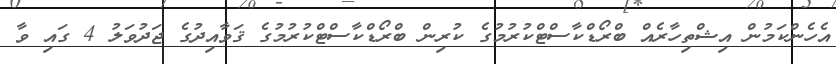
އެހެންކަމުން އިޝްތިހާރެއް ބްރޯޑްކާސްޓްކުރުމުގެ ކުރިން ބްރޯޑްކާސްޓްކުރުމުގެ ޤަވާއިދުގެ ޖަދުވަލު 4 ގައި ވާ